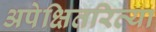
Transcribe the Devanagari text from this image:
अपेक्षितरित्या